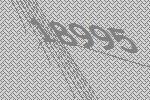
18995